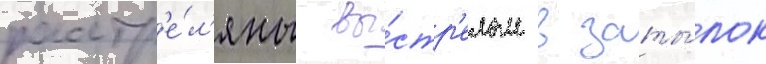
расстр'е́л'яны вы́стр'елом в заты́лок